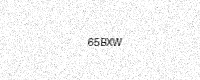
Text: 65BXW